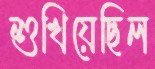
শুখিয়েছিল